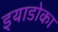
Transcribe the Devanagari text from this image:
इयाडोका